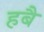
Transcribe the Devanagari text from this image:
हबै